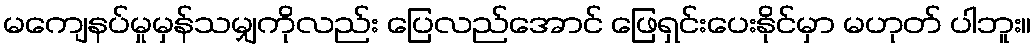
မကျေနပ်မှုမှန်သမျှကိုလည်း ပြေလည်အောင် ဖြေရှင်းပေးနိုင်မှာ မဟုတ် ပါဘူး။